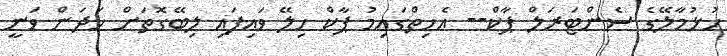
ހުޅުމާލޭގެ ސެންޓަރަލް ޕާކް-- އެހިތްގައިމު ޕާކް ހިލޭ ވައިފައި ލިބޭގޮތަށް ހަދަން ވަނީ